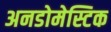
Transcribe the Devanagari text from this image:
अनडोमेस्टिक